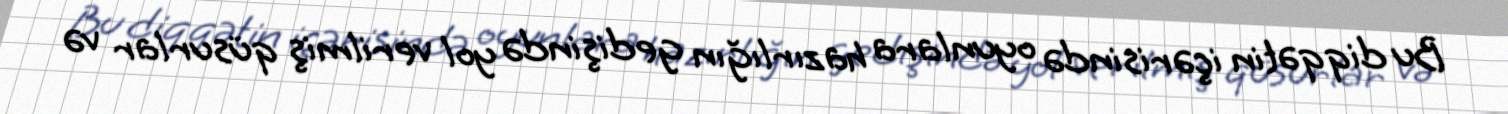
Bu diqqətin içərisində oyunlara hazırlığın gedişində yol verilmiş qüsurlar və